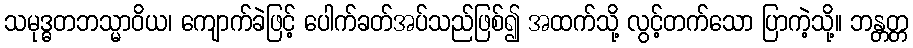
သမုဒ္ဓတဘသ္မာဝိယ၊ ကျောက်ခဲဖြင့် ပေါက်ခတ်အပ်သည်ဖြစ်၍ အထက်သို့ လွင့်တက်သော ပြာကဲ့သို့။ ဘန္တတ္တ